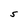
Character: S